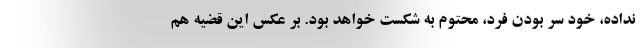
نداده، خود سر بودن فرد، محتوم به شکست خواهد بود. بر عکس این قضیه هم